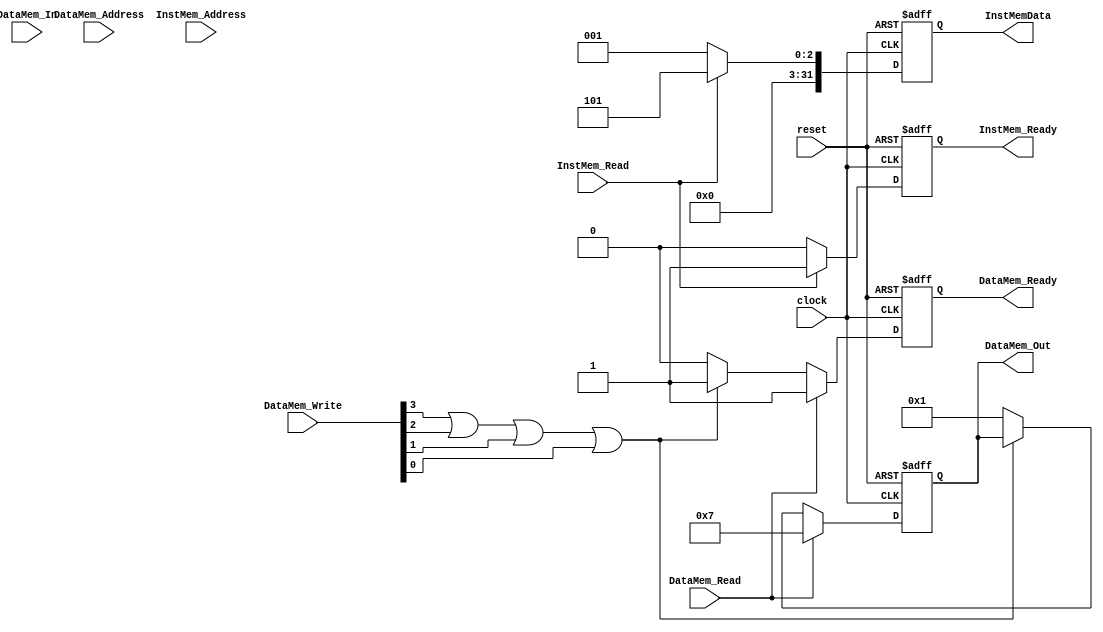
`timescale 1ns / 1ps

/*

* File			: Pseudo_MEMv
* Project 		: Univeristy of Patras, Computer engineering & informatics dept.
*			 	  Design of a multicore system based on the mips32 processor.
* Creator(s)	: Odysseas Papadakis	
*
* Description: This is a pseudo module, an actor that is called to play the role
*				Of the memory system in simulations for the project.
*				It contains delays , it is therefore non synthesizable
*				Two always blocks are running, to simulate the ability to access
*				Data and instruction memory at the same time	
*/

module PSEUDO_MEM(

	input 			clock	,
	input 			reset	,

	// DATA SIGNALS
	input 			DataMem_Read	,
	input 	[3:0] 	DataMem_Write	,	
	input 	[29:0]	DataMem_Address	,
	input 	[31:0]	DataMem_In		,

	output	reg 	[31:0]	DataMem_Out		,
	output	reg		DataMem_Ready	,


	// INSTRUCTION SIGNALS
	input	[29:0]	InstMem_Address	,
	input			InstMem_Read	,

	output 	reg			InstMem_Ready	,
	output 	reg	[31:0]	InstMemData		


	);

	always@( posedge clock  or posedge reset  )
	begin
		if( reset )
			begin
				DataMem_Out 	<= 'd0;
				DataMem_Ready	<= 1'b0;
			end
		else if (DataMem_Read == 1'b1)	
			begin
				#50 DataMem_Out <= 'b111;
				#50 DataMem_Ready <= 1'b1;			
			end
		else if (DataMem_Write[3] == 1'b1 | DataMem_Write[2] == 1'b1 | DataMem_Write[1] == 1'b1 | DataMem_Write[0] == 1'b1)		
			begin
				#50 DataMem_Ready <= 1'b1;
			end
		else 
			begin
				#50 DataMem_Out <= 'b001;
				#50 DataMem_Ready <= 1'b0;
			end

	end
	
	always@( posedge clock  or posedge reset  )
	begin
		if( reset )
			begin
				InstMem_Ready  	<= 1'b0;
				InstMemData		<= 'd0;
			end
		else if (InstMem_Read == 1'b1)
			begin
				#100 	InstMemData <= 'b0101;
				#50		InstMem_Ready <= 1'b1;
			end
		else
			begin
				#100 	InstMemData <= 'b0001;
				#100 InstMem_Ready <= 1'b0;
			end

	end

endmodule